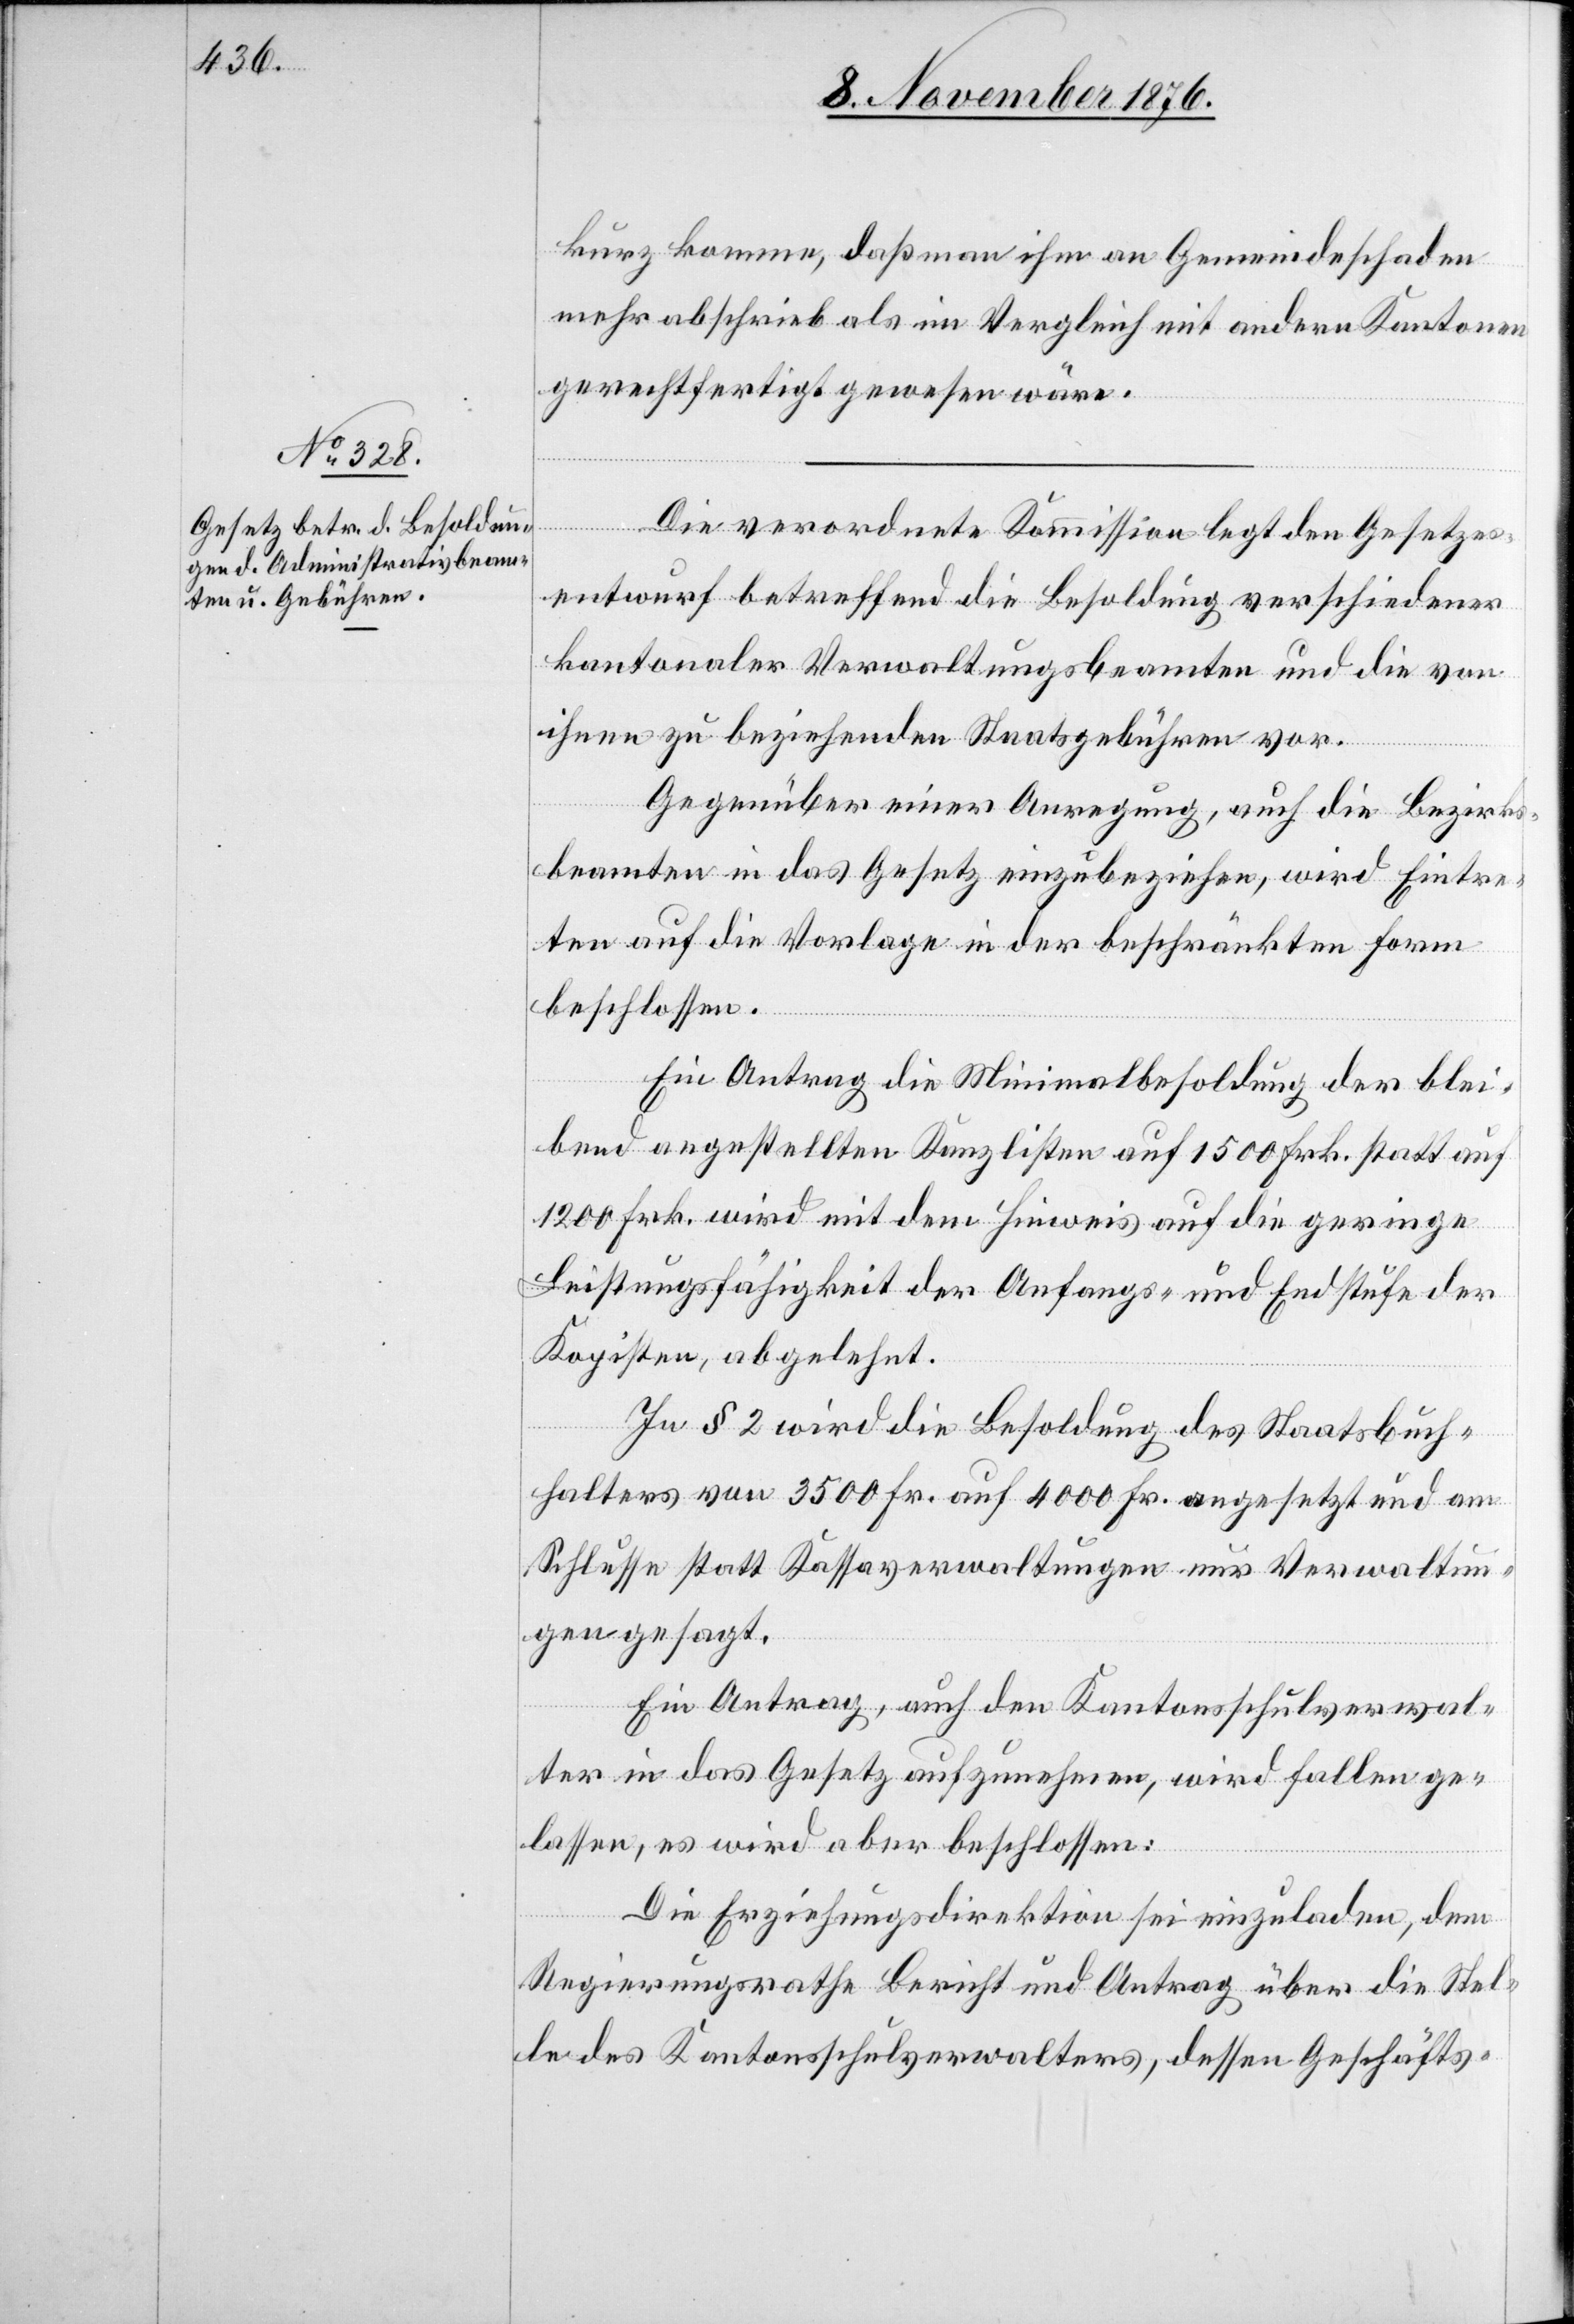
kurz komme, daß man ihm an Gemeindeschaden
mehr abschrieb als im Vergleich mit andern Kantonen
gerechtfertigt gewesen wäre.
Die verordnete Kommission legt den Gesetzes¬
entwurf betreffend die Besoldung verschiedener
kantonaler Verwaltungsbeamten und die von
ihnen zu beziehenden Staatsgebühren vor.
Gegenüber einer Anregung, auch die Bezirks¬
beamten in das Gesetz einzubeziehen, wird Eintre¬
ten auf die Vorlage in der beschränkten Form
beschlossen.
Ein Antrag die Minimalbesoldung der blei¬
bend angestellten Kanzlisten auf 1500 Frk. statt auf
1200 Frk. wird mit dem Hinweis auf die geringe
Leistungsfähigkeit der Anfangs- und Endstufe der
Kopisten, abgelehnt.
In § 2 wird die Besoldung des Staatsbuch¬
halters von 3500 Fr. auf 4000 Fr. angesetzt und am
Schlusse statt Kassaverwaltungen nur Verwaltun¬
gen gesagt.
Ein Antrag, auch den Kantonsschulverwal¬
ter in das Gesetz aufzunehmen, wird fallen ge¬
lassen, es wird aber beschlossen:
Die Erziehungsdirektion sei eingeladen, dem
Regierungsrathe Bericht und Antrag über die Stel¬
le des Kantonsschulverwalters, dessen Geschäfts-